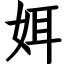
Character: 㛅